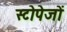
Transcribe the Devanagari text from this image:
स्टोपेजों